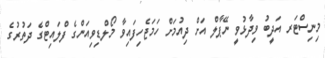
މިނިސްޓަރ އަދީބު ވިދާޅުވީ ނޭޕާލް އަށް ދިއުމަށް ހަމަޖެހިފައިވާ މޯލްޑިވިއަންގެ ފްލައިޓްގެ ދަތުރުގެ